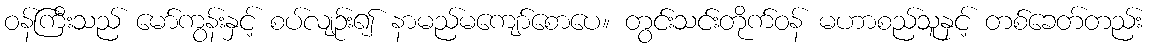
ဝန်ကြီးသည် မော်ကွန်းနှင့် စပ်လျဉ်း၍ နာမည်မကျော်စောပေ။ တွင်းသင်းတိုက်ဝန် မဟာစည်သူနှင့် တစ်ခေတ်တည်း